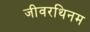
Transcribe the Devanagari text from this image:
जीवरथिनम